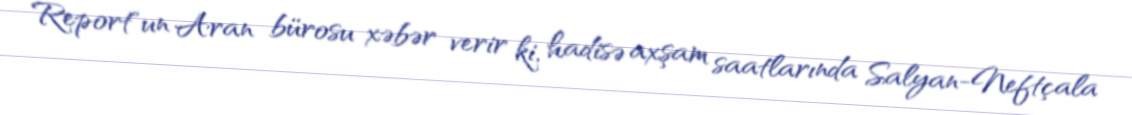
Report"un Aran bürosu xəbər verir ki, hadisə axşam saatlarında Salyan-Neftçala